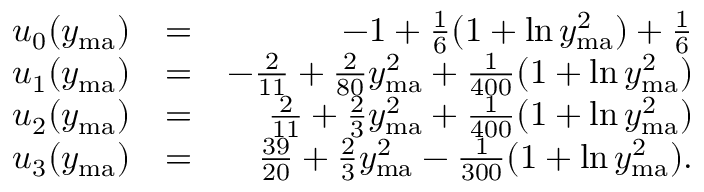
\begin{array} { r l r } { u _ { 0 } ( y _ { \mathrm { m a } } ) } & { = } & { - 1 + \frac { 1 } { 6 } ( 1 + \ln y _ { \mathrm { m a } } ^ { 2 } ) + \frac { 1 } { 6 } } \\ { u _ { 1 } ( y _ { \mathrm { m a } } ) } & { = } & { - \frac { 2 } { 1 1 } + \frac { 2 } { 8 0 } y _ { \mathrm { m a } } ^ { 2 } + \frac { 1 } { 4 0 0 } ( 1 + \ln y _ { \mathrm { m a } } ^ { 2 } ) } \\ { u _ { 2 } ( y _ { \mathrm { m a } } ) } & { = } & { \frac { 2 } { 1 1 } + \frac { 2 } { 3 } y _ { \mathrm { m a } } ^ { 2 } + \frac { 1 } { 4 0 0 } ( 1 + \ln y _ { \mathrm { m a } } ^ { 2 } ) } \\ { u _ { 3 } ( y _ { \mathrm { m a } } ) } & { = } & { \frac { 3 9 } { 2 0 } + \frac { 2 } { 3 } y _ { \mathrm { m a } } ^ { 2 } - \frac { 1 } { 3 0 0 } ( 1 + \ln y _ { \mathrm { m a } } ^ { 2 } ) . } \end{array}